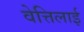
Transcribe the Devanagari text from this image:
वेत्तिलाई